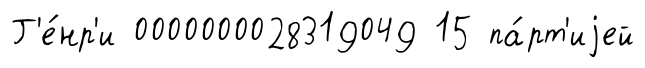
Г'е́нр'и 0000000028319049 15 па́рт'иjей